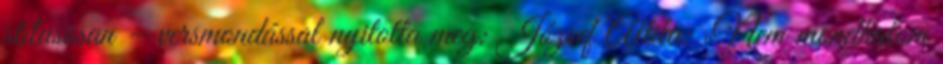
stílusosan – versmondással nyitotta meg: József Attila: „Nem mondhatom